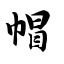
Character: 帽